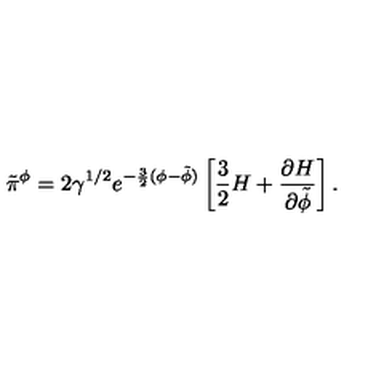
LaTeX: \tilde { \pi } ^ { \phi } = 2 \gamma ^ { 1 / 2 } e ^ { - \frac { 3 } { 2 } ( \phi - \tilde { \phi } ) } \left[ \frac { 3 } { 2 } H + \frac { \partial H } { \partial \tilde { \phi } } \right] .